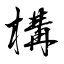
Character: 構